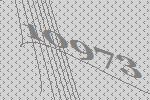
10973